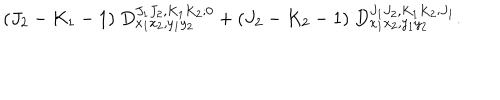
LaTeX: ( J _ { 2 } - K _ { 1 } - 1 ) ~ D _ { x _ { 1 } x _ { 2 } , y _ { 1 } y _ { 2 } } ^ { J _ { 1 } J _ { 2 } , K _ { 1 } K _ { 2 } ; 0 } + ( J _ { 2 } - K _ { 2 } - 1 ) ~ D _ { x _ { 1 } x _ { 2 } , y _ { 1 } y _ { 2 } } ^ { J _ { 1 } J _ { 2 } , K _ { 1 } K _ { 2 } ; J _ { 1 } } .